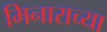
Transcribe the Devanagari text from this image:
मिनाराच्या